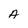
Character: A